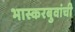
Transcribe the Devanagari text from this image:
भास्करबुवांची